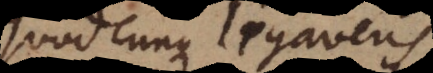
quodcunque ligaveris